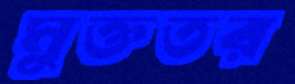
মুক্ততর